Indian Civil Veterinary Department memoirs
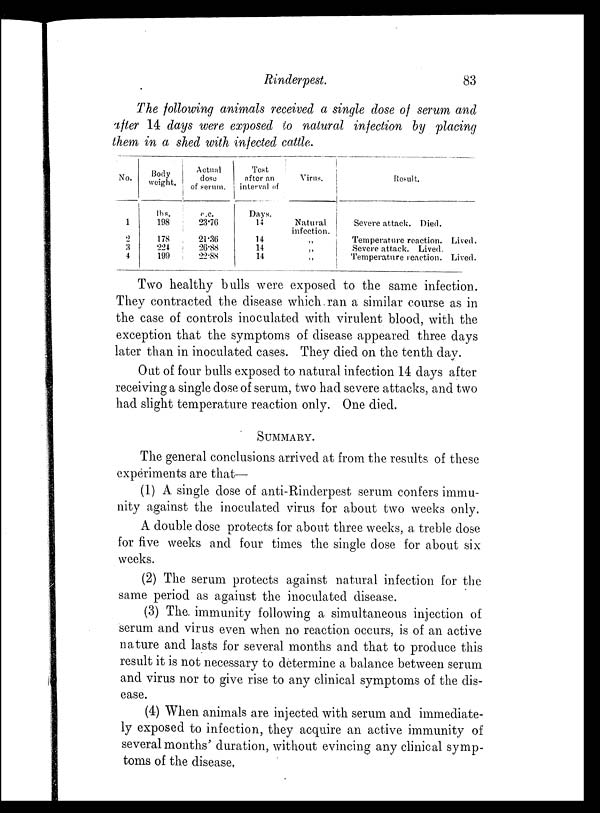
Rinderpest.
83
The following animals received a single dose of serum and
after 14 days were exposed to natural infection by placing
them in a shed with infected cattle.
No.
1
2
3
4
Body
weight.
lbs.
198
178
224
199
Actual
dose
of serum.
c.c.
23.76
21.36
26.88
22.88
Test
after an
interval of
Days.
14
14
14
14
Virus.
Natural
infection.
„
„
Result.
Severe attack. Died.
Temperature reaction.
Severe attack. Lived.
Temperature reaction.
Lived.
Lived.
Two healthy bulls were exposed to the same infection.
They contracted the disease which ran a similar course as in
the case of controls inoculated with virulent blood, with the
exception that the symptoms of disease appeared three days
later than in inoculated cases. They died on the tenth day.
Out of four bulls exposed to natural infection 14 days after
receiving a single dose of serum, two had severe attacks, and two
had slight temperature reaction only. One died.
SUMMARY.
The general conclusions arrived at from the results of these
experiments are that—
(1) A single dose of anti-Rinderpest serum confers immu-
nity against the inoculated virus for about two weeks only.
A double dose protects for about three weeks, a treble dose
for five weeks and four times the single dose for about six
weeks.
(2) The serum protects against natural infection for the
same period as against the inoculated disease.
(3) The. immunity following a simultaneous injection of
serum and virus even when no reaction occurs, is of an active
nature and lasts for several months and that to produce this
result it is not necessary to determine a balance between serum
and virus nor to give rise to any clinical symptoms of the dis-
ease.
(4) When animals are injected with serum and immediate-
ly exposed to infection, they acquire an active immunity of
several months' duration, without evincing any clinical symp-
toms of the disease.